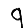
Digit: 9